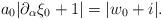
LaTeX: \begin{align*} a_0|\partial_{\alpha}\xi_0+1|=|w_0+i|.\end{align*}